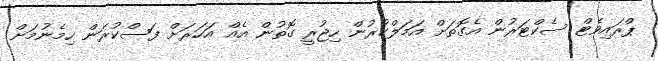
ޕްރައިވެޓް ސެކްޓަރުން އެގޮތަށް އަމަލްކުރުން ހިޖުރީ ގޮތުން އެއް އަހަރަށް ފަސްކުރަން ހިމެނުމަށް